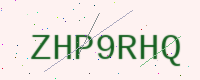
Text: ZHP9RHQ